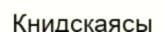
Книдскаясы